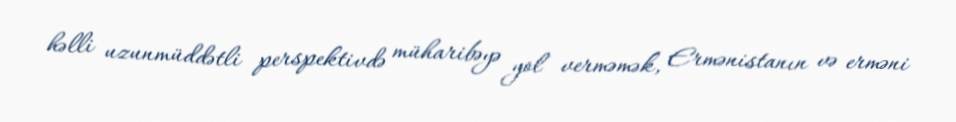
həlli uzunmüddətli perspektivdə müharibəyə yol verməmək, Ermənistanın və erməni